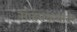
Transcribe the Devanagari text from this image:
साहसकथांवर